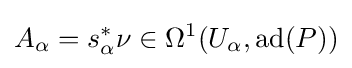
A_{\alpha }=s_{\alpha }^{*}\nu \in \Omega ^{1}(U_{\alpha },\operatorname {ad} (P))